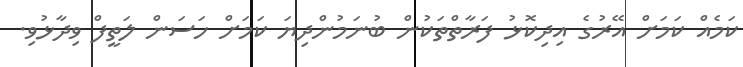
ކަމެއް ކަމަށް އޭރުގެ އިދިކޮޅު ފަރާތްތަކުން ބުނަމުންދިޔަ ކަމަށް ހަސަން ލަތީފް ވިދާޅުވި.